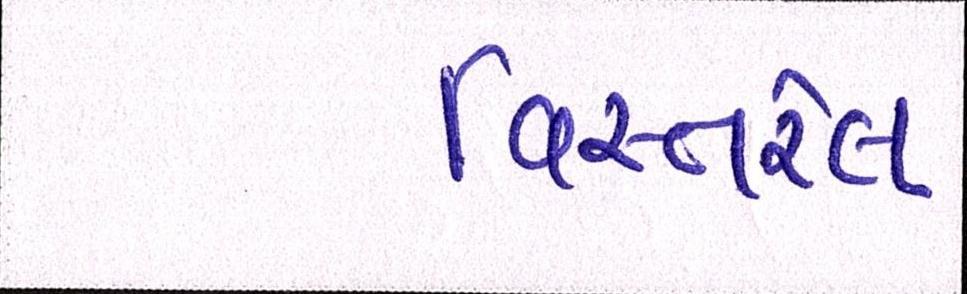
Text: વિસ્તરેલ